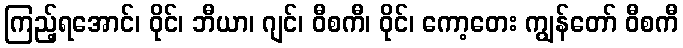
ကြည့်ရအောင်၊ ဝိုင်၊ ဘီယာ၊ ဂျင်၊ ဝီစကီ၊ ဝိုင်၊ ကော့တေး ကျွန်တော် ဝီစကီ